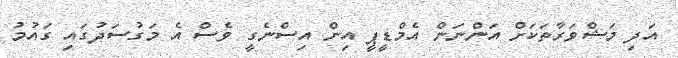
އަދި މަޝްވަރާތަކަށް އަންނަން އެމްޑީޕީ އިން އިސްނެގީ ވެސް އެ މަގުސަދުގައި ގައުމު